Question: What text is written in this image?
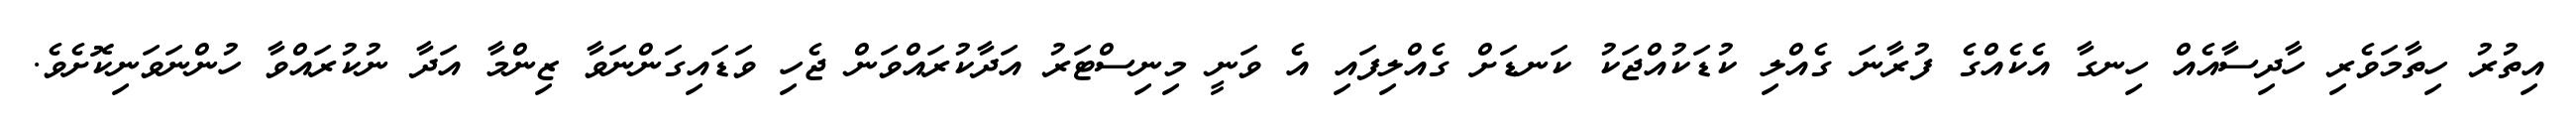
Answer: އިތުރު ހިތާމަވެރި ހާދިސާއެއް ހިނގާ އެކެއްގެ ފުރާނަ ގެއްލި ކުޑަކުއްޖަކު ކަނޑަށް ގެއްލިފައި އެ ވަނީ މިނިސްޓަރު އަދާކުރައްވަން ޖެހި ވަޑައިގަންނަވާ ޒިންމާ އަދާ ނުކުރައްވާ ހުންނަވަނިކޮށެވެ.